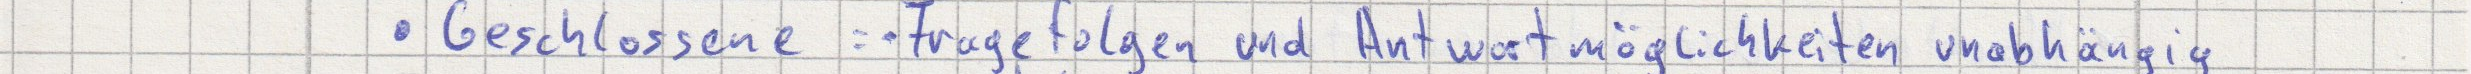
Geschlossene : Fragefolgen und Antwortmöglichkeiten unabhängig